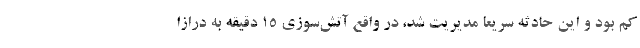
کم بود و این حادثه سریعا مدیریت شد، در واقع آتش‌سوزی ۱۵ دقیقه به درازا